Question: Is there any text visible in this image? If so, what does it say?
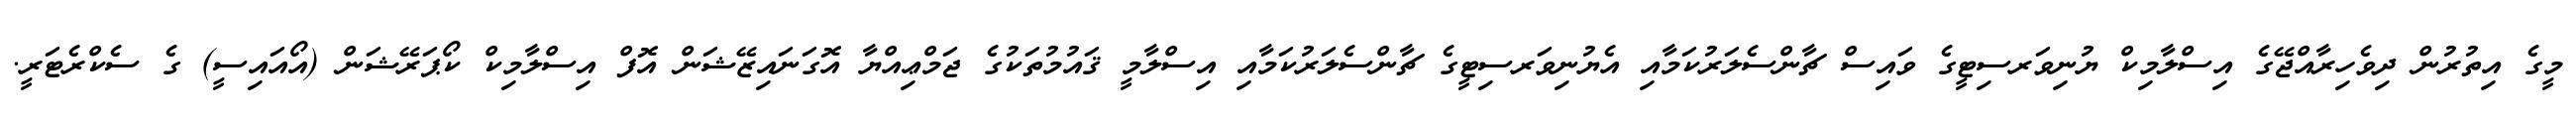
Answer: މީގެ އިތުރުން ދިވެހިރާއްޖޭގެ އިސްލާމިކް ޔުނިވަރސިޓީގެ ވައިސް ޗާންސެލަރުކަމާއި އެޔުނިވަރސިޓީގެ ޗާންސެލަރުކަމާއި އިސްލާމީ ޤައުމުތަކުގެ ޖަމްޢިއްޔާ އޮގަނައިޒޭޝަން އޮފް އިސްލާމިކް ކޯޕަރޭޝަން (އޯއައިސީ) ގެ ސެކްރެޓަރީ.